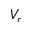
V _ { r }